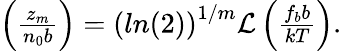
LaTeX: \begin{array}{r}{\left(\frac{z_{m}}{n_{0}b}\right)=\left(ln(2)\right)^{1/m}\mathcal{L}\left(\frac{f_{b}b}{kT}\right).}\end{array}